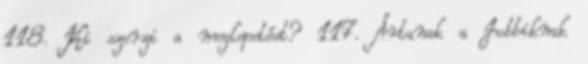
118. Ki szerzi a meglepetést? 117. Ártanak a Jobbiknak